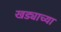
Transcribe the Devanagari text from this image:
खड्याच्या